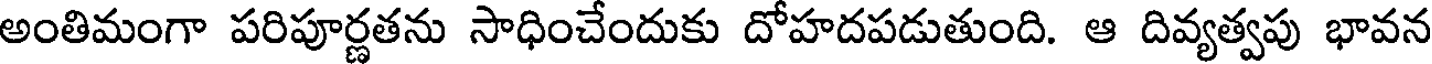
అంతిమంగా పరిపూర్ణతను సాధించేందుకు దోహదపడుతుంది. ఆ దివ్యత్వపు భావన